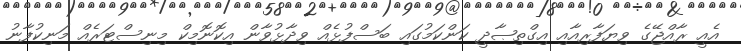
އެއީ ރާއްޖޭގެ ވިޔަފާރިއާއި އިގްތިޞާދީ ކަންކަމުގައި ބަސްފުޅެއް ވިދާޅުވާން އިކޮނޮމިކް މިނިސްޓަރެއް މަނިކުފާނު